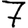
Digit: 7